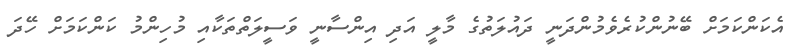
އެކަންކަމަށް ބޭނުންކުރެވެމުންދަނީ ދައުލަތުގެ މާލީ އަދި އިންސާނީ ވަސީލަތްތަކާއި މުހިންމު ކަންކަމަށް ހޭދަ